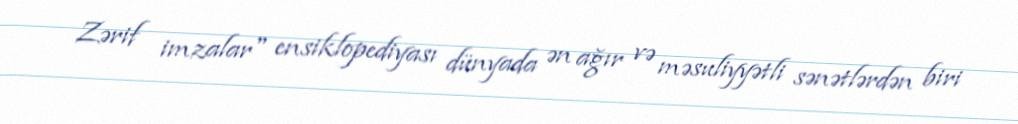
Zərif imzalar" ensiklopediyası dünyada ən ağır və məsuliyyətli sənətlərdən biri